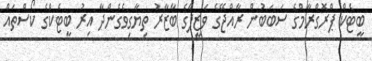
ބީޓެކް ޕްރޮގްރާމްގެ ސަބަބުން ރާއްޖޭގެ ވަޒީފާގެ ބާޒާރު ތިޔާގިވެގެންދާ އިރު ބީޓެކްގެ ކޯސްތައް